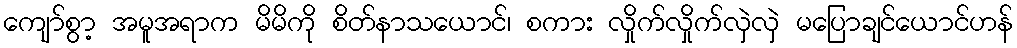
ကျော်စွာ့ အမူအရာက မိမိကို စိတ်နာသယောင်၊ စကား လှိုက်လှိုက်လှဲလှဲ မပြောချင်ယောင်ဟန်